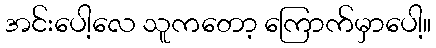
အင်းပေါ့လေ သူကတော့ ကြောက်မှာပေါ့။